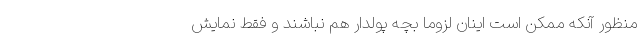
منظور آنکه ممکن است اینان لزوما بچه پولدار هم نباشند و فقط نمایش